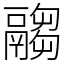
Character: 𩱈